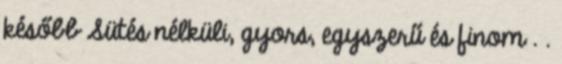
később Sütés nélküli, gyors, egyszerű és finom . .